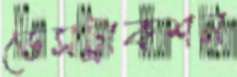
ডেসট্রাকশন